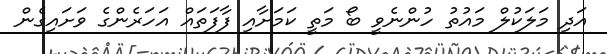
އަދި މަލަކުލް މައުތު ހުންނެވީ ބޯ މަތީ ކަމަށާއި ފާފަތައް އަހަރެންގެ ވަށައިގެން